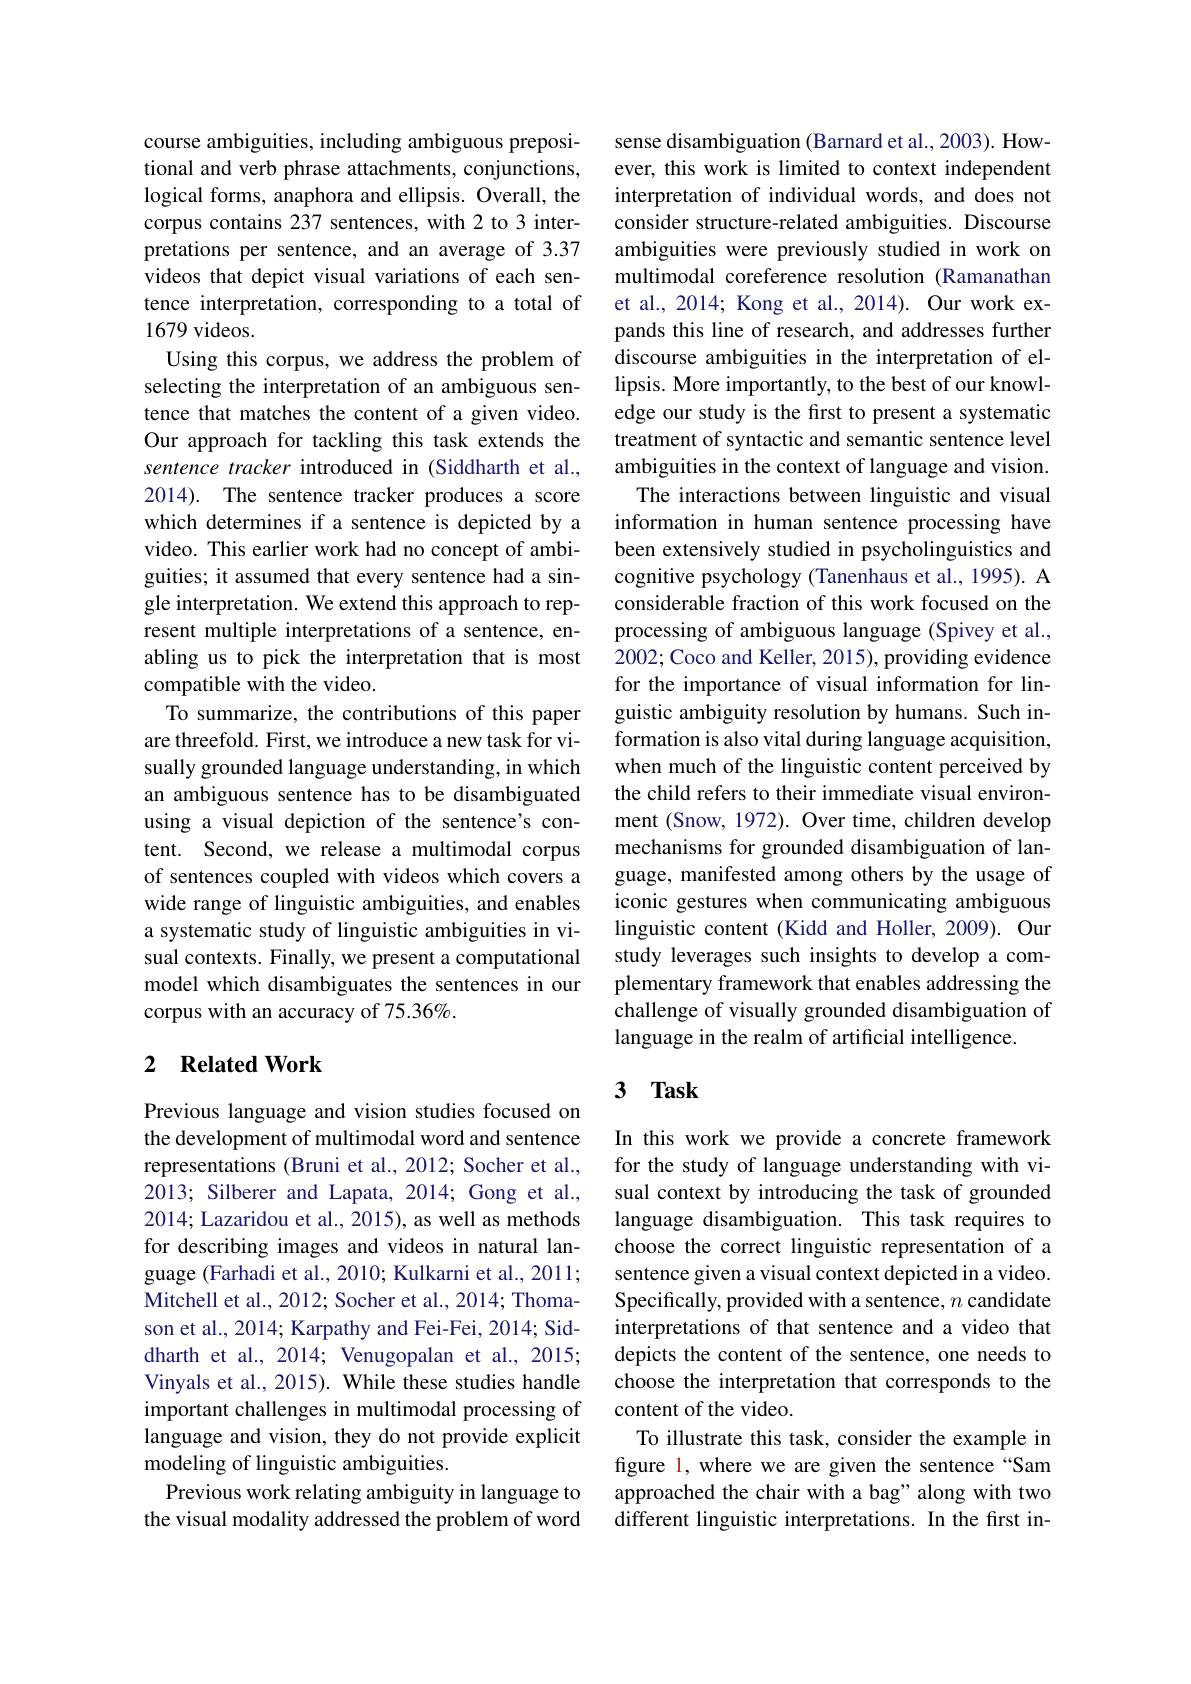
course ambiguities, including ambiguous prepositional and verb phrase attachments, conjunctions, logical forms, anaphora and ellipsis. Overall, the corpus contains 237 sentences, with 2 to 3 interpretations per sentence, and an average of 3.37 videos that depict visual variations of each sentence interpretation, corresponding to a total of 1679 videos.
Using this corpus, we address the problem of selecting the interpretation of an ambiguous sentence that matches the content of a given video. Our approach for tackling this task extends the sentence tracker introduced in (Siddharth et al., 2014). The sentence tracker produces a score which determines if a sentence is depicted by a video. This earlier work had no concept of ambiguities; it assumed that every sentence had a single interpretation. We extend this approach to represent multiple interpretations of a sentence, enabling us to pick the interpretation that is most compatible with the video.
To summarize, the contributions of this paper are threefold. First, we introduce a new task for visually grounded language understanding, in which an ambiguous sentence has to be disambiguated using a visual depiction of the sentence's content. Second, we release a multimodal corpus of sentences coupled with videos which covers a wide range of linguistic ambiguities, and enables a systematic study of linguistic ambiguities in visual contexts. Finally, we present a computational model which disambiguates the sentences in our corpus with an accuracy of 75.36%.

## 2 Related Work

Previous language and vision studies focused on the development of multimodal word and sentence representations (Bruni et al., 2012; Socher et al., 2013; Silberer and Lapata, 2014; Gong et al., 2014; Lazaridou et al., 2015), as well as methods for describing images and videos in natural language (Farhadi et al., 2010; Kulkarni et al., 2011; Mitchell et al., 2012; Socher et al., 2014; Thomason et al., 2014; Karpathy and Fei-Fei, 2014; Siddharth et al., 2014; Venugopalan et al., 2015; Vinyals et al., 2015). While these studies handle important challenges in multimodal processing of language and vision, they do not provide explicit modeling of linguistic ambiguities.
Previous work relating ambiguity in language to the visual modality addressed the problem of word

sense disambiguation (Barnard et al., 2003). However, this work is limited to context independent interpretation of individual words, and does not consider structure-related ambiguities. Discourse ambiguities were previously studied in work on multimodal coreference resolution (Ramanathan et al., 2014; Kong et al., 2014). Our work expands this line of research, and addresses further discourse ambiguities in the interpretation of ellipsis. More importantly, to the best of our knowledge our study is the frst to present a systematic treatment of syntactic and semantic sentence level ambiguities in the context of language and vision.
The interactions between linguistic and visual information in human sentence processing have been extensively studied in psycholinguistics and cognitive psychology (Tanenhaus et al., 1995). A considerable fraction of this work focused on the processing of ambiguous language (Spivey et al., 2002; Coco and Keller, 2015), providing evidence for the importance of visual information for linguistic ambiguity resolution by humans. Such information is also vital during language acquisition, when much of the linguistic content perceived by the child refers to their immediate visual environment (Snow, 1972). Over time, children develop mechanisms for grounded disambiguation of language, manifested among others by the usage of iconic gestures when communicating ambiguous linguistic content (Kidd and Holler, 2009). Our study leverages such insights to develop a complementary framework that enables addressing the challenge of visually grounded disambiguation of language in the realm of artificial intelligence.

# 3 $\mathbf{Task}$

In this work we provide a concrete framework for the study of language understanding with visual context by introducing the task of grounded language disambiguation. This task requires to choose the correct linguistic representation of a sentence given a visual context depicted in a video. Specifically, provided with a sentence, $n$ candidate interpretations of that sentence and a video that depicts the content of the sentence, one needs to choose the interpretation that corresponds to the content of the video.
To illustrate this task, consider the example in figure 1, where we are given the sentence “Sam approached the chair with a bag" along with two different linguistic interpretations. In the first in-